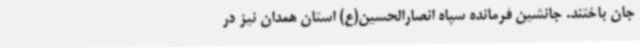
جان باختند. جانشین فرمانده سپاه انصارالحسین(ع) استان همدان نیز در